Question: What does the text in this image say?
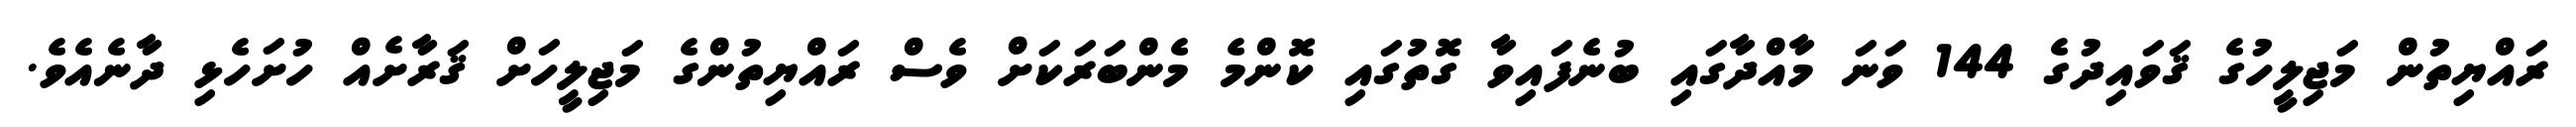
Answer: ރައްޔިތުން މަޖިލީހުގެ ޤަވައިދުގެ 144 ވަނަ މާއްދާގައި ބުނެފައިވާ ގޮތުގައި ކޮންމެ މެންބަރަކަށް ވެސް ރައްޔިތުންގެ މަޖިލީހަށް ޤަރާށެއް ހުށަހެޅި ދާނެއެވެ.